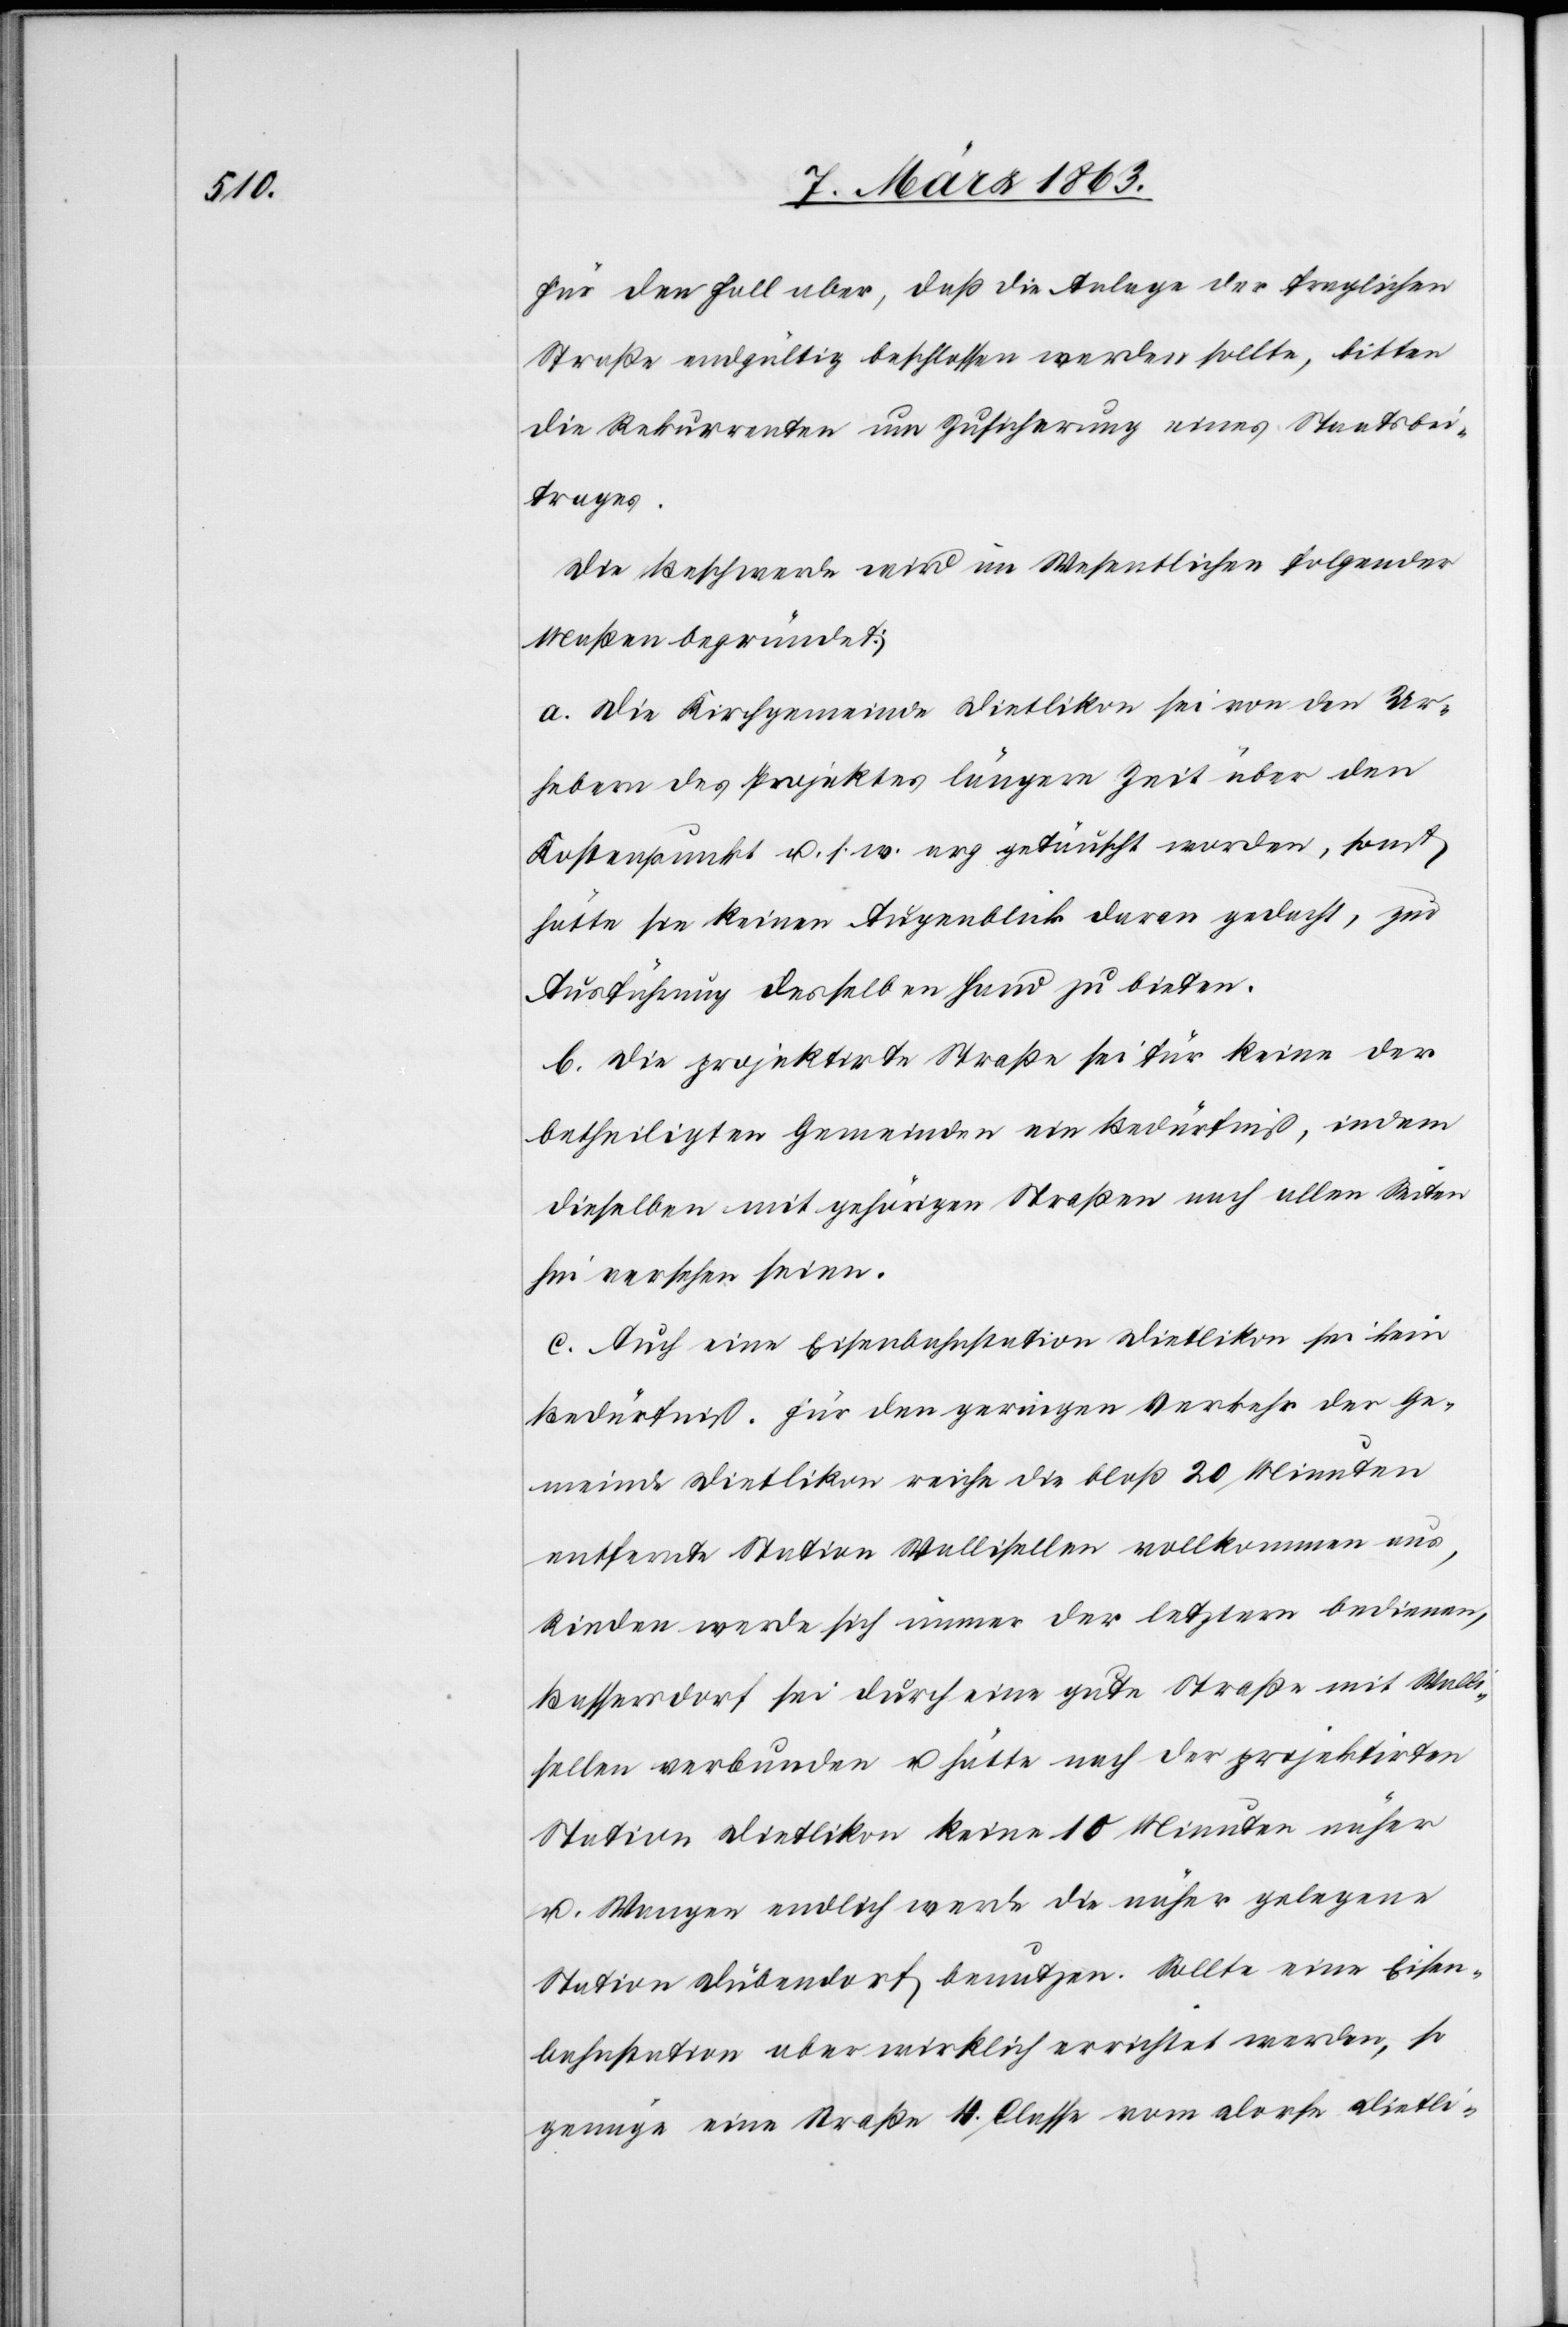
Für den Fall aber, daß die Anlage der fraglichen
Straße endgültig beschlossen werden sollte, bitten
die Rekurrenten um Zusicherung eines Staatsbei¬
trages.
Die Beschwerde wird im Wesentlichen folgender
Maßen begründet:
a. Die Kirchgemeinde Dietlikon sei von den Ur¬
hebern des Projektes längere Zeit über den
Kostenpunkt u. s. w. arg getäuscht worden, sonst
hätte sie keinen Augenblick daran gedacht, zur
Ausführung desselben Hand zu bieten.
b. Die projektirte Straße sei für keine der
betheiligten Gemeinden ein Bedürfniß, indem
dieselben mit gehörigen Straßen nach allen Seiten
hin versehen seien.
c. Auch eine Eisenbahnstation Dietlikon sei kein
Bedürfniß. Für den geringen Verkehr der Ge¬
meinde Dietlikon reiche die bloß 20 Minuten
entfernte Station Wallisellen vollkommen aus,
Rieden werde sich immer der letztern bedienen,
Bassersdorf sei durch eine gute Straße mit Walli¬
sellen verbunden u. hätte nach der projektirten
Station Dietlikon keine 10 Minuten näher
u. Wangen endlich werde die näher gelegene
Station Dübendorf benutzen. Sollte eine Eisen¬
bahnstation aber wirklich errichtet werden, so
genüge eine Straße 4. Classe vom Dorfe Dietli-